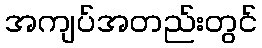
အကျပ်အတည်းတွင်